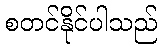
စတင်နိုင်ပါသည်